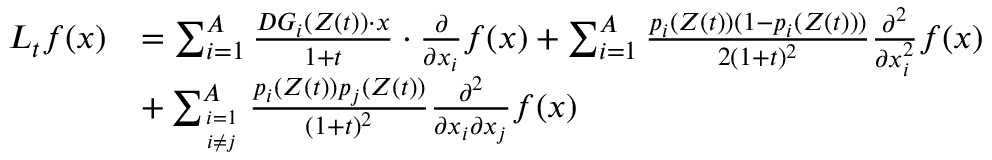
\begin{array} { r l } { L _ { t } f ( x ) } & { = \sum _ { i = 1 } ^ { A } \frac { D G _ { i } ( Z ( t ) ) \cdot x } { 1 + t } \cdot \frac { \partial } { \partial x _ { i } } f ( x ) + \sum _ { i = 1 } ^ { A } \frac { p _ { i } ( Z ( t ) ) ( 1 - p _ { i } ( Z ( t ) ) ) } { 2 ( 1 + t ) ^ { 2 } } \frac { \partial ^ { 2 } } { \partial x _ { i } ^ { 2 } } f ( x ) } \\ & { + \sum _ { i = 1 \atop i \ne j } ^ { A } \frac { p _ { i } ( Z ( t ) ) p _ { j } ( Z ( t ) ) } { ( 1 + t ) ^ { 2 } } \frac { \partial ^ { 2 } } { \partial x _ { i } \partial x _ { j } } f ( x ) } \end{array}